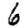
Digit: 6